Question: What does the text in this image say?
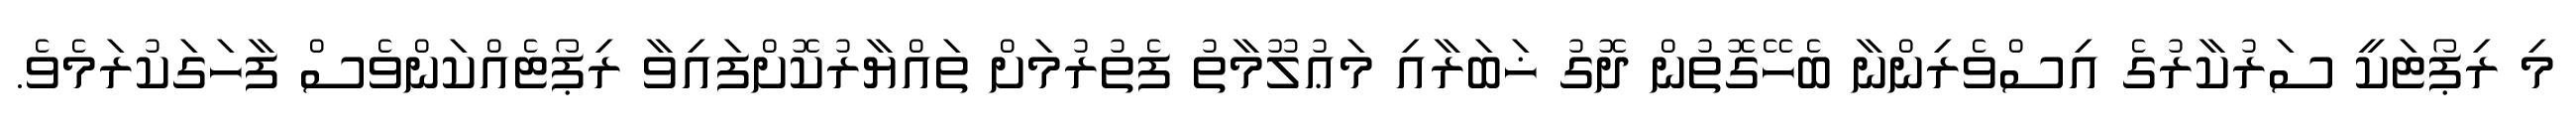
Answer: މި ރިޕޯޓަކީ ސަރުކާރުގެ އިސްވެރިންނާ ބެހޭގޮތުން ދޮގު ޚަބަރާއި މަޢުލޫމާތު ފެތުރުމަށް ތައްޔާރުކޮށްފައިވާ ރިޕޯޓެއްކަންވެސް ފާހަގަކުރަމެވެ.